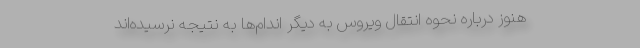
هنوز درباره نحوه انتقال ویروس به دیگر اندام‌ها به نتیجه نرسیده‌اند